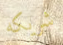
شريكه